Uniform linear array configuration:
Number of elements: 12
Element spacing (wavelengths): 0.75
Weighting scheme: cosine
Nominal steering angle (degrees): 15
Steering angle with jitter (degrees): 13.1
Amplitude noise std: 0.05
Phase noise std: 0.05

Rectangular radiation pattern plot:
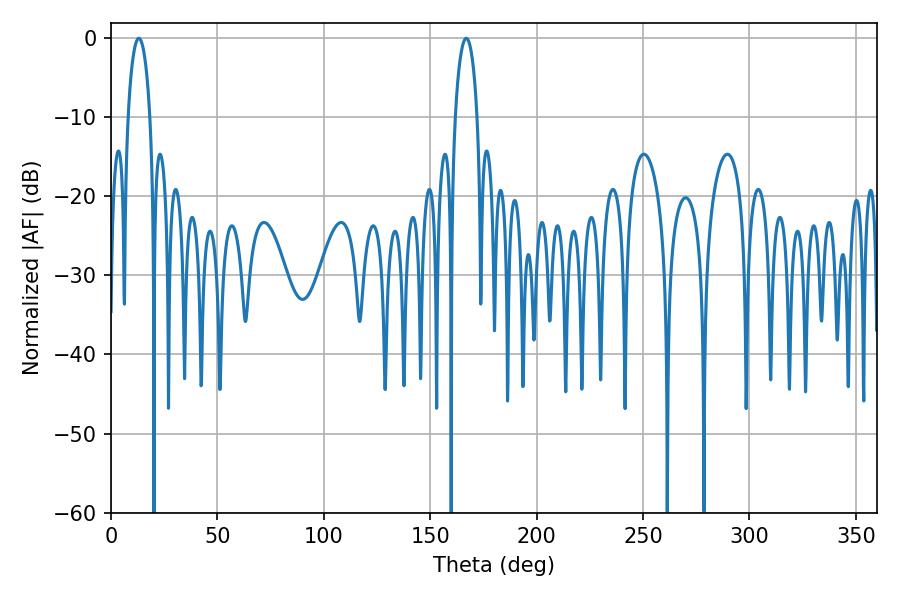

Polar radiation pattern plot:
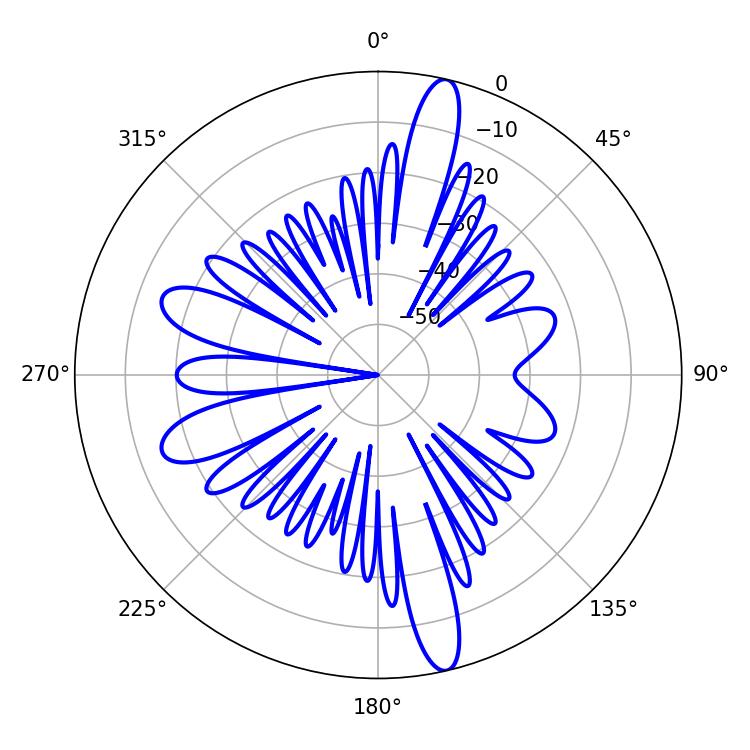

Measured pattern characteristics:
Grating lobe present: TRUE
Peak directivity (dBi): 17.054
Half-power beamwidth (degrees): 5.94
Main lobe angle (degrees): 13.14